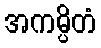
အကမ္ပိတံ